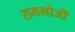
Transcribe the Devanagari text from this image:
समभोजी